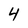
Character: 4